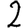
Digit: 2